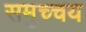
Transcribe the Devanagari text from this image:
समुच्‍चय